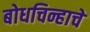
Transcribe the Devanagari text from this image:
बोधचिन्हाचे